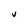
Character: v